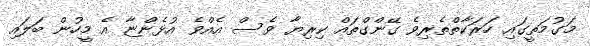
މަގުމަތީގައި ހަރަކާތްތެރިވެ ގޭންގްތައް ކިރިޔާ ވެސް އެއްވެ އުޅެންޏާ އެ މީހުން ބަލައި